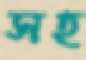
সহ